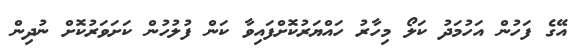
އޭގެ ފަހުން އަހުމަދު ކަލޯ މިހާރު ހައްޔަރުކޮށްފައިވާ ކަން ފުލުހުން ކަށަވަރުކޮށް ނުދިން